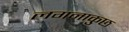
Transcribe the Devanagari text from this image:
लगनाकुछ